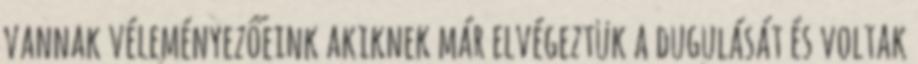
vannak véleményezőeink akiknek már elvégeztük a dugulását és voltak